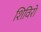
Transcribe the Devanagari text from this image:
शिविरो